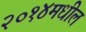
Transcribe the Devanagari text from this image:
२०१४मधील